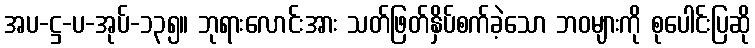
အပ-ဋ္ဌ-ပ-အုပ်-၁၃၅။ ဘုရားလောင်းအား သတ်ဖြတ်နှိပ်စက်ခဲ့သော ဘဝများကို စုပေါင်းပြဆို